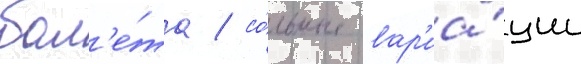
бал'е́та / со́льные вар'иа́ции